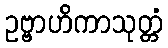
ဥဗ္ဗာဟိကာသုတ္တံ